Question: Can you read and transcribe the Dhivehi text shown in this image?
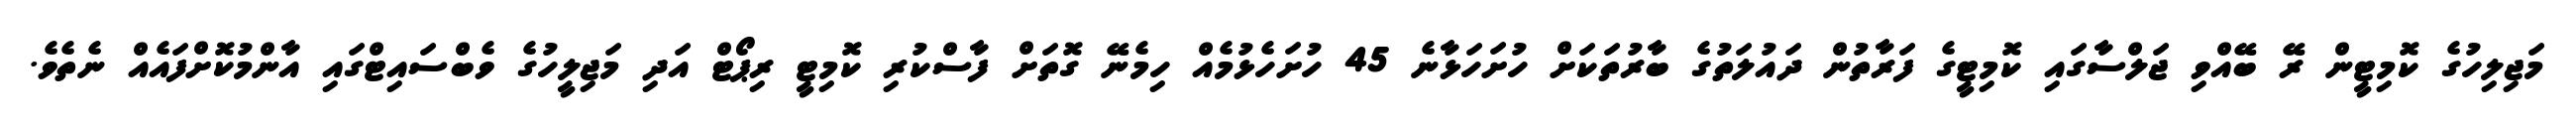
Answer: މަޖިލިހުގެ ކޮމިޓީން ރޭ ބޭއްވި ޖަލްސާގައި ކޮމިޓީގެ ފަރާތުން ދައުލަތުގެ ބާރުތަކަށް ހުށަހަޅާނެ 45 ހުށަހެޅުމެއް ހިމެނޭ ގޮތަށް ފާސްކުރި ކޮމިޓީ ރިޕޯޓް އަދި މަޖިލީހުގެ ވެބްސައިޓްގައި އާންމުކޮށްފައެއް ނެތެވެ.